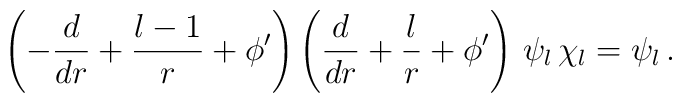
\left(-\frac{d}{dr} + \frac{l-1}{r} + \phi^{\prime}\right)\left(\frac{d}{dr} + \frac{l}{r} + \phi^{\prime}\right)\,\psi_l\,\chi_l = \psi_l\,.